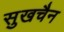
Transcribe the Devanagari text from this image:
सुखचैन